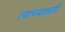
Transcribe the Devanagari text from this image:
त्यांच्यातली